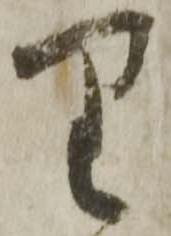
り